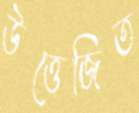
উত্তেজিত